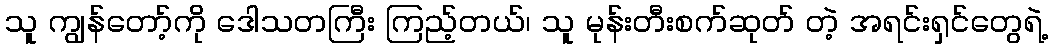
သူ ကျွန်တော့်ကို ဒေါသတကြီး ကြည့်တယ်၊ သူ မုန်းတီးစက်ဆုတ် တဲ့ အရင်းရှင်တွေရဲ့